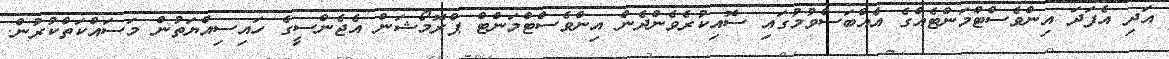
އަދި އެފަދަ އިންވެސްޓްމަންޓެއްގެ އެއްބަސްވުމުގައި ސޮއިކުރެވެންދެން އިންވެސްޓްމަންޓް ޕްރޮމޯޝަން އެޖެންސީގެ ހައިސިއްޔަތުން މަސައްކަތްކުރުން.